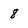
Character: 8